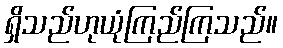
ရှိသည်ဟုယုံကြည်ကြသည်။